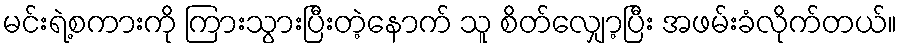
မင်းရဲ့စကားကို ကြားသွားပြီးတဲ့နောက် သူ စိတ်လျှော့ပြီး အဖမ်းခံလိုက်တယ်။